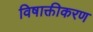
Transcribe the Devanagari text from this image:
विषाक्तीकरण